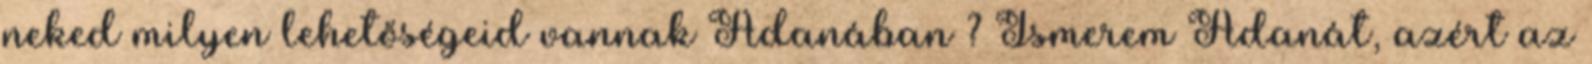
neked milyen lehetőségeid vannak Adanában ? Ismerem Adanát, azért az